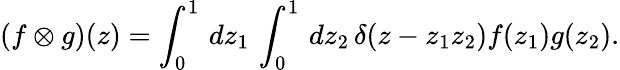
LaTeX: (f\otimes g)(z)=\int_{0}^{1}\, dz_{1}\, \int_{0}^{1}\, dz_{2}\, \delta(z-z_{1}z_{2})f(z_{1})g(z_{2}).